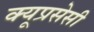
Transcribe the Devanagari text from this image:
क्यूप्रसेसी